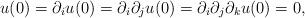
LaTeX: \begin{align*}u(0)=\partial _{i}u(0)=\partial _{i}\partial _{j}u(0)=\partial _{i}\partial_{j}\partial _{k}u(0)=0, \end{align*}